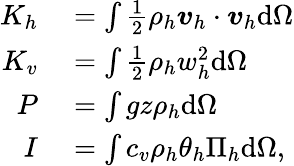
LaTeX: \begin{array}{rl}{K_{h}}&{{}=\int\frac{1}{2}\rho_{h}\boldsymbol{v}_{h}\cdot\boldsymbol{v}_{h}\mathrm{d}\Omega}\\ {K_{v}}&{{}=\int\frac{1}{2}\rho_{h}w_{h}^{2}\mathrm{d}\Omega}\\ {P}&{{}=\int gz\rho_{h}\mathrm{d}\Omega}\\ {I}&{{}=\int c_{v}\rho_{h}\theta_{h}\Pi_{h}\mathrm{d}\Omega,}\end{array}